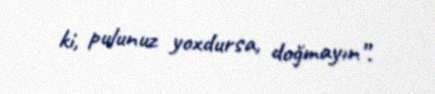
ki, pulunuz yoxdursa, doğmayın”.